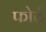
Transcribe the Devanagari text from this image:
फोर्ठ